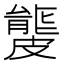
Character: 𥀡